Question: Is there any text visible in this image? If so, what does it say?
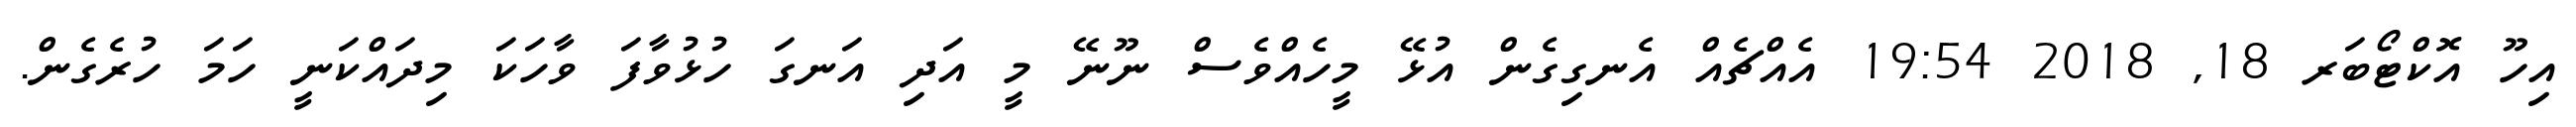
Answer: އިހޫ އޮކްޓޯބަރ 18, 2018 19:54 އެއްޗެއް އެނގިގެން އުޅޭ މީހެއްވެސް ނޫނޭ މީ އަދި އަނގަ ހުޅުވާފަ ވާހަކަ މިދައްކަނީ ހަމަ ހުރެގެން.